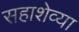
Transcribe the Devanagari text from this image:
सहाशेव्या